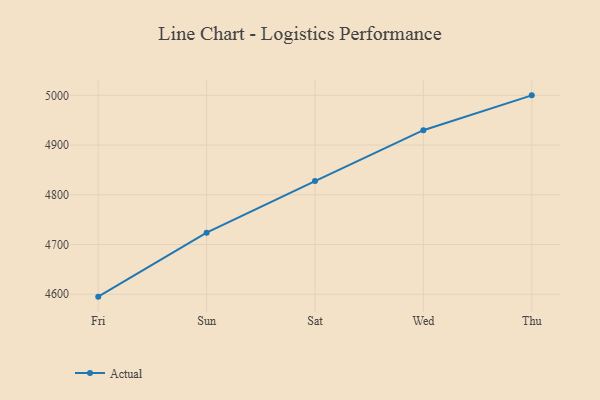
{"axis": {"x": "Day", "y": "Shipments"}, "legend": ["Actual"], "data": [{"x": "Fri", "y": 4595.2, "type": "Actual"}, {"x": "Sun", "y": 4723.8, "type": "Actual"}, {"x": "Sat", "y": 4827.7, "type": "Actual"}, {"x": "Wed", "y": 4929.9, "type": "Actual"}, {"x": "Thu", "y": 5000, "type": "Actual"}]}